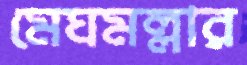
মেঘমল্লার